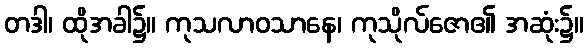
တဒါ၊ ထိုအခါ၌။ ကုသလာဝသာနေ၊ ကုသိုလ်ဇော၏ အဆုံး၌။